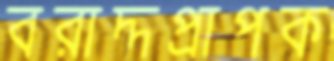
বরাদ্দপ্রাপক